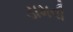
ડામવી